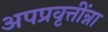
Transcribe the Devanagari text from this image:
अपप्रवृत्तींन्ना